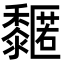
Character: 𪐌